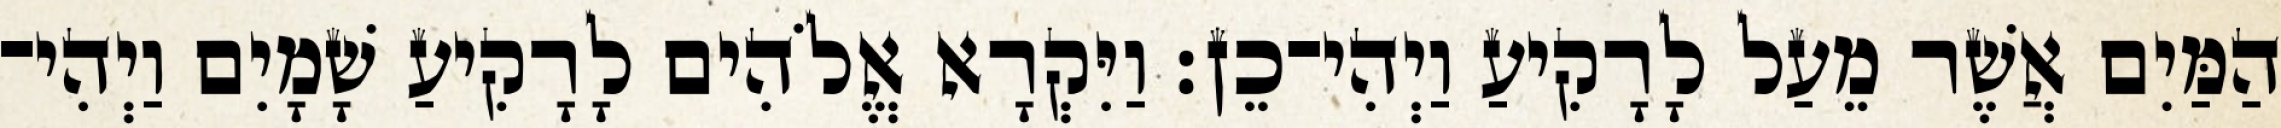
הַמַּיִם אֲשֶׁר מֵעַל לָרָקִיעַ וַיְהִי־כֵן׃ וַיִּקְרָא אֱלֹהִים לָרָקִיעַ שָׁמָיִם וַיְהִי־